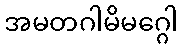
အမတဂါမိမဂ္ဂေါ